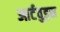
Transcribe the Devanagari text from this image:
आर्टवुड्स